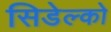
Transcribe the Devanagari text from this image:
सिडेल्को